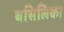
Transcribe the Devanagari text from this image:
बसिलिका